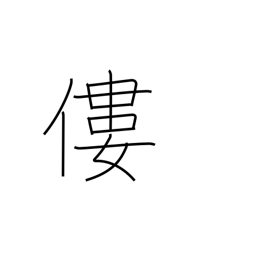
Meaning: bend over